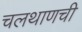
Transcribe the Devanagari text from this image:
चलथाणची